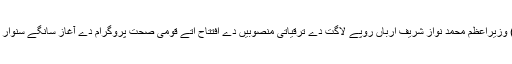
2 مئی (اے پی پی) وزیراعظم محمد نواز شریف ارباں روپے لاگت دے ترقیاتی منصوبیں دے افتتاح اتے قومی صحت پروگرام دے آغاز سانگے سنوار کوں کوئٹہ پج گن ۔